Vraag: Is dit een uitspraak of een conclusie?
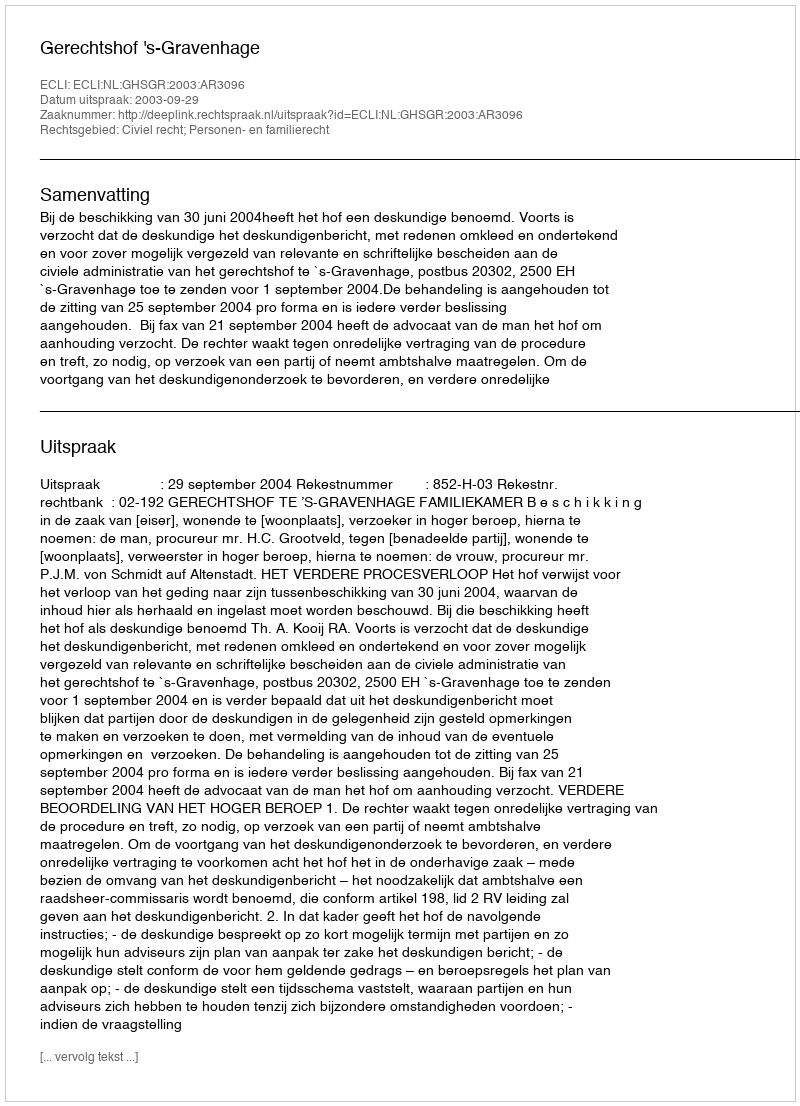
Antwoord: Uitspraak